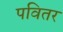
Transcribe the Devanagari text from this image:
पवितर